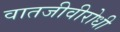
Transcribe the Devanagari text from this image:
वातजीवीरोधी